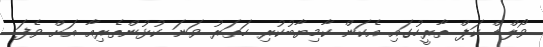
ވޯލްޑް ކަޕް ތާރީހުގައި އެކަން ކާމިޔާބުކުރި ހަތަރު ވަނަ ކުޅުންތެރިއާ އަށް ވެފަ